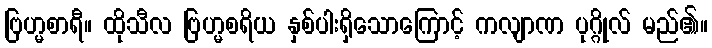
ဗြဟ္မစာရီ။ ထိုသီလ ဗြဟ္မစရိယ နှစ်ပါးရှိသောကြောင့် ကလျာဏ ပုဂ္ဂိုလ် မည်၏။